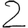
Digit: 2